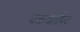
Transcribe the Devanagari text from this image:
चक्रवर्तीपद